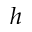
h